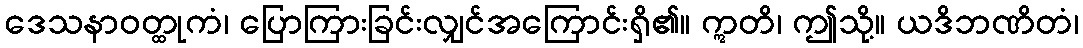
ဒေသနာဝတ္ထုကံ၊ ပြောကြားခြင်းလျှင်အကြောင်းရှိ၏။ ဣတိ၊ ဤသို့။ ယဒိဘဏိတံ၊